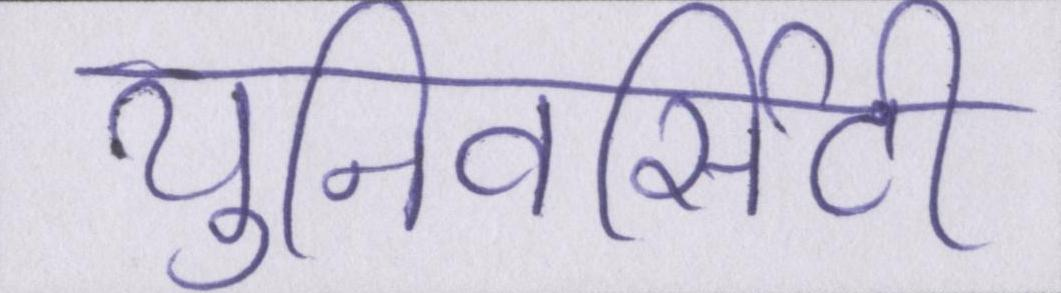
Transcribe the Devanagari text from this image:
युनिवर्सिटी